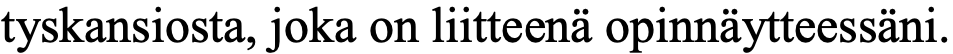
tyskansiosta, joka on liitteenä opinnäytteessäni.